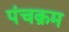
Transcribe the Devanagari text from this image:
पंचक्रम